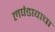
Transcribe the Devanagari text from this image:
लपंडावाचा